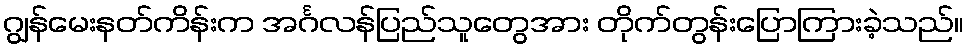
ဂျွန်မေးနတ်ကိန်းက အင်္ဂလန်ပြည်သူတွေအား တိုက်တွန်းပြောကြားခဲ့သည်။